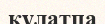
құлатпа